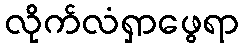
လိုက်လံရှာဖွေရာ